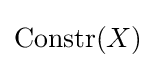
{\textrm {Constr}}(X)